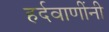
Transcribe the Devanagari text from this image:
हर्दवाणींनी